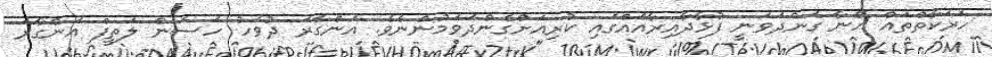
ހަރަކާތްތައް އޭނާ ގެންދަވަނީ ފުޅާދާއިރާއެއްގައި ކުރިއަށްގެންދަވަމުންނެވެ. އަންގާރަ ދުވަހު ހަސަން ލަތީފް އަންގާރަ